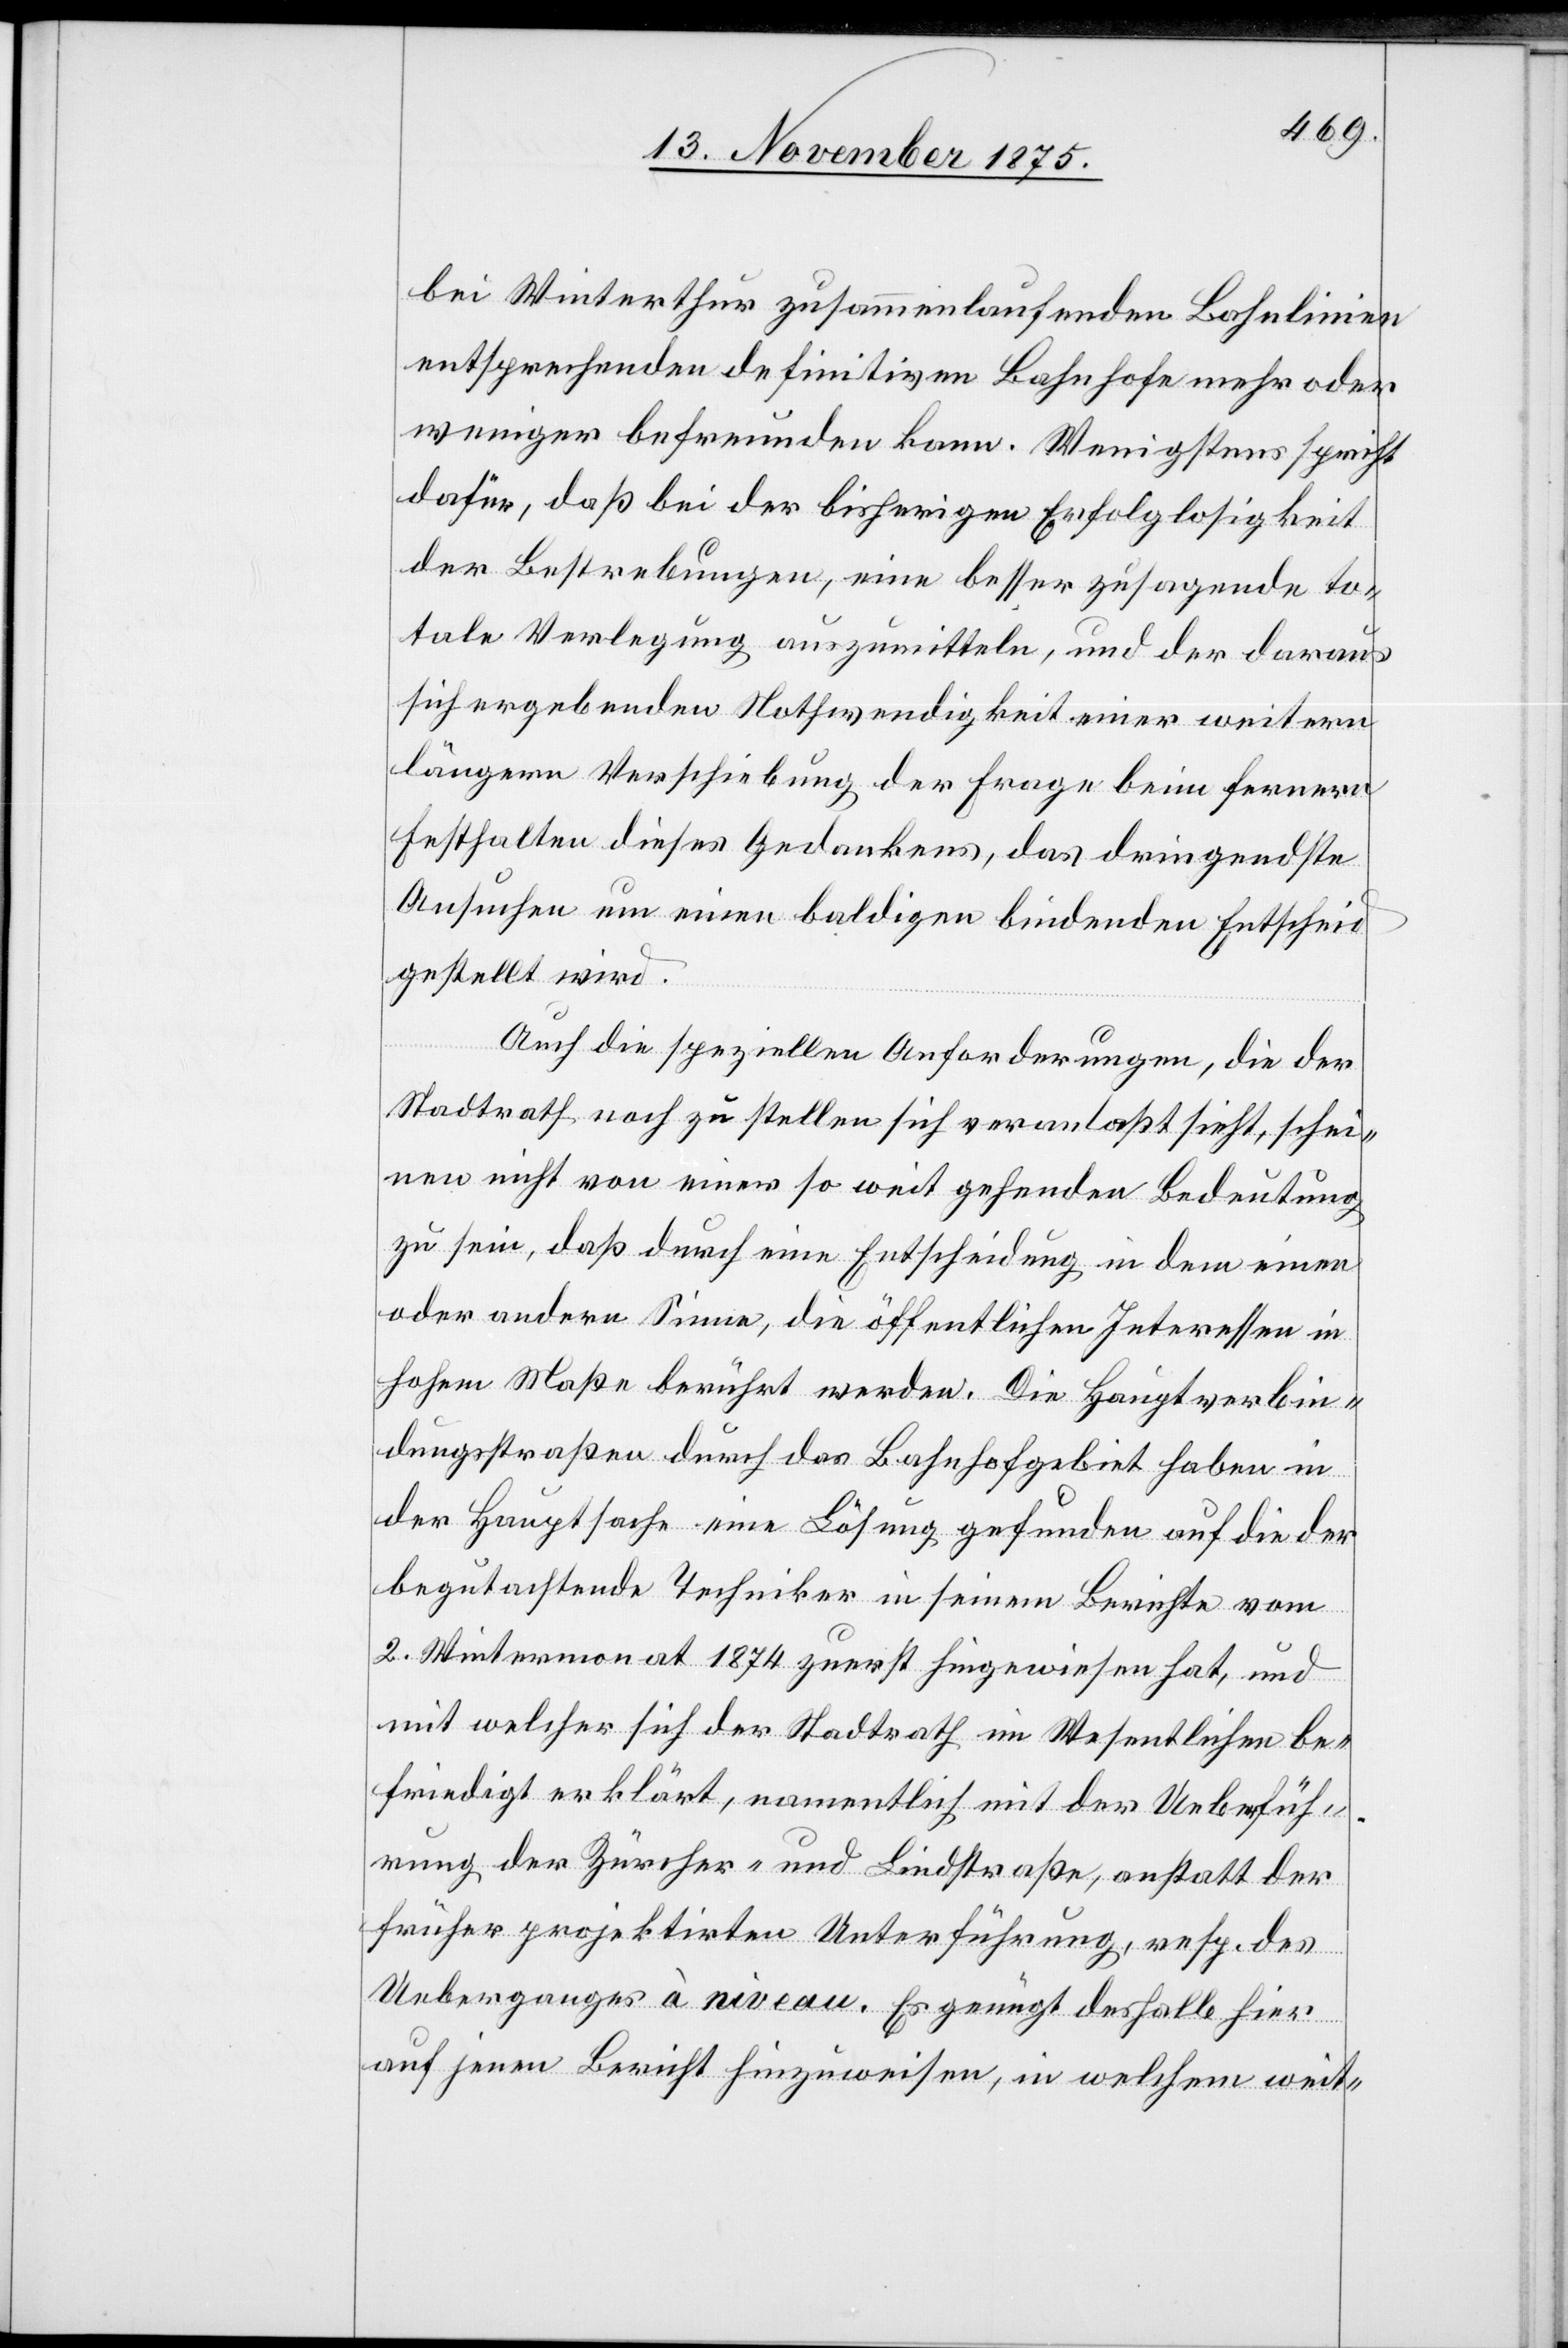
bei Winterthur zusammenlaufenden Bahnlinien
entsprechenden definitiven Bahnhofe mehr oder
weniger befreunden kann. Wenigstens spricht
dafür, daß bei der bisherigen Erfolglosigkeit
der Bestrebungen, eine besser zusagende to¬
tale Verlegung auszumitteln, und der daraus
sich ergebenden Nothwendigkeit einer weitern
längern Verschiebung der Frage beim fernern
Festhalten dieses Gedankens, das dringendste
Ansuchen um einen baldigen bindenden Entscheid
gestellt wird.
Auch die speziellen Anforderungen, die der
Stadtrath noch zu stellen sich veranlaßt sieht, schei¬
nen nicht von einer so weit gehenden Bedeutung
zu sein, daß durch eine Entscheidung in dem einen
oder andern Sinne, die öffentlichen Interessen in
hohem Maße berührt werden. Die Hauptverbin¬
dungsstraßen durch das Bahnhofsgebiet haben in
der Hauptsache eine Lösung gefunden auf die der
begutachtende Techniker in seinem Berichte vom
2. Wintermonat 1874 zuerst hingewiesen hat, und
mit welcher sich der Stadtrath im Wesentlichen be¬
friedigt erklärt, namentlich mit der Ueberfüh¬
rung der Zürcher- und Lindstraße, anstatt der
früher projektirten Unterführung, resp. des
Ueberganges à niveau. Es genügt deshalb hier
auf jenen Bericht hinzuweisen, in welchem weit-